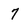
Character: 7